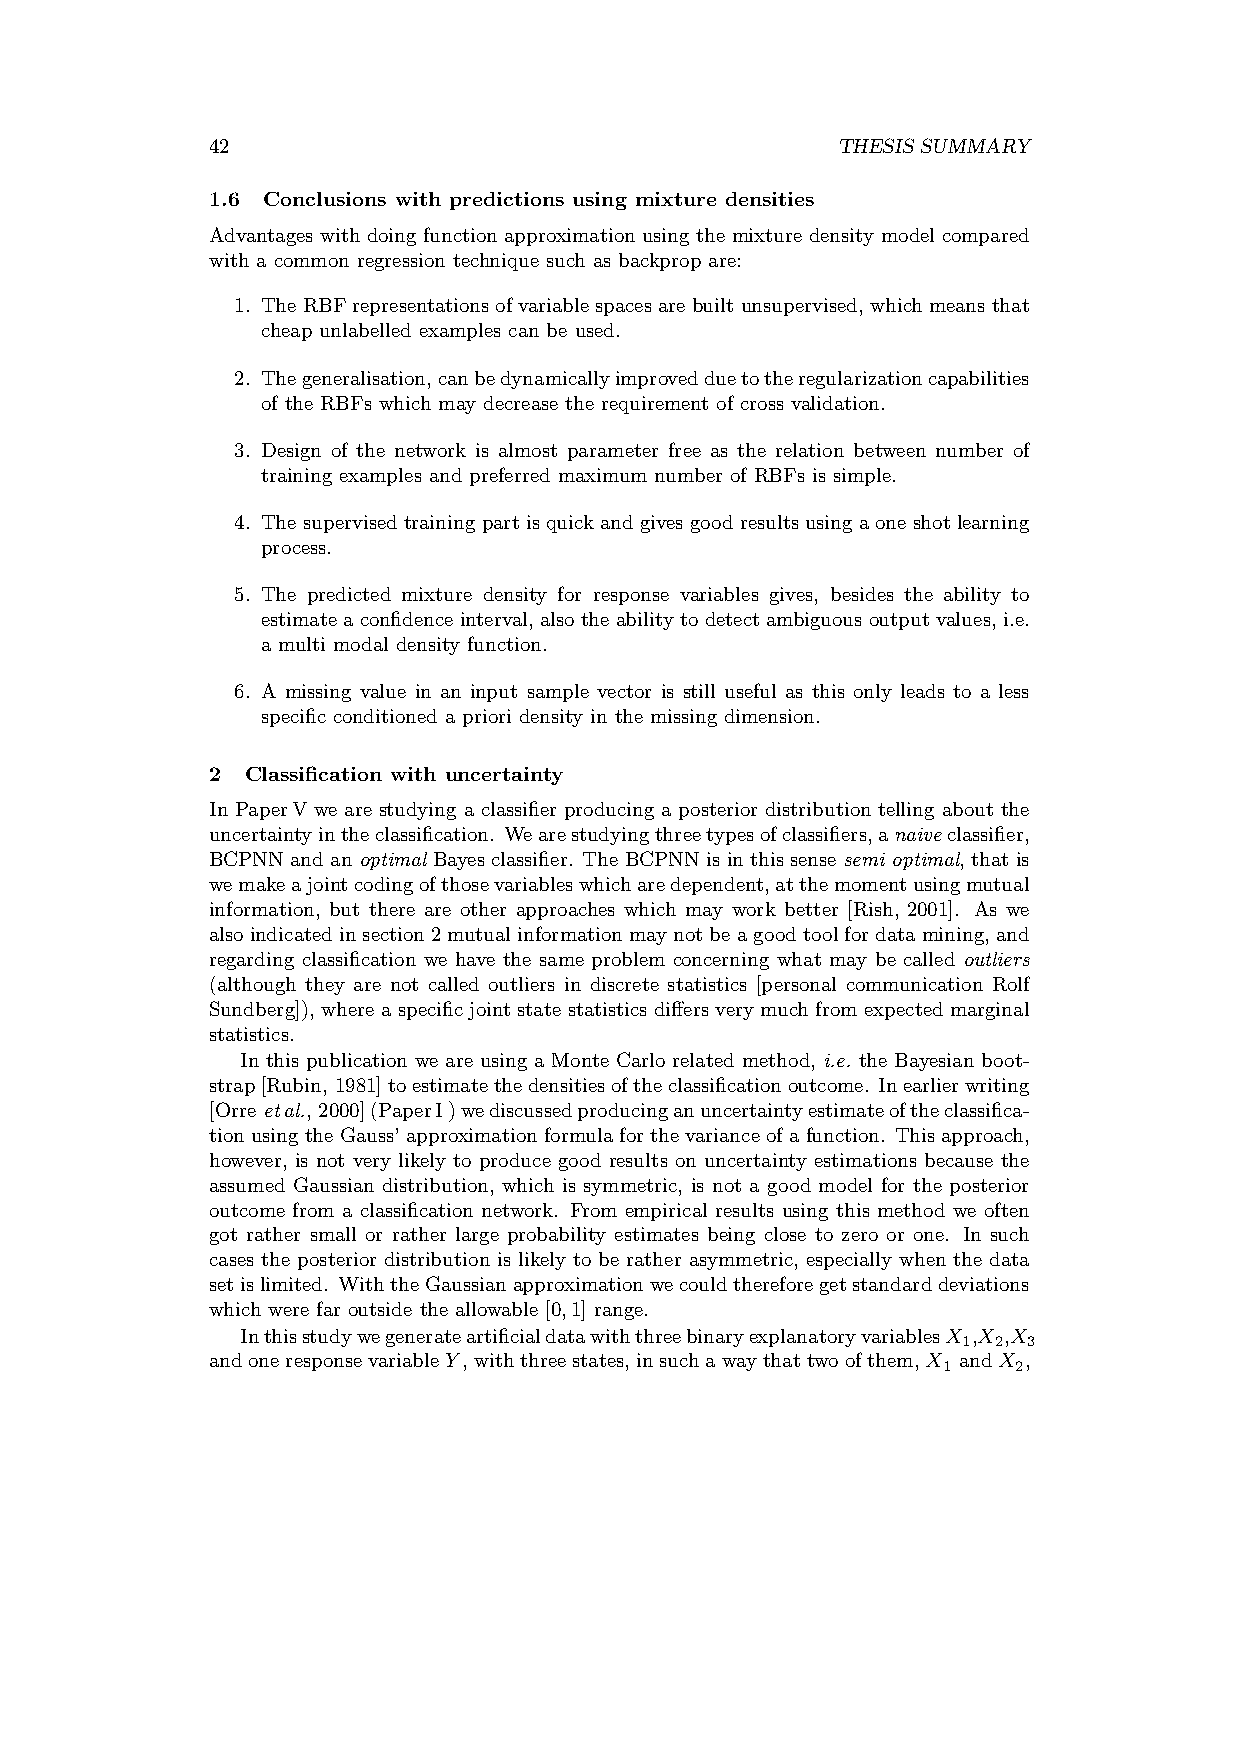
42                                       THESIS SUMMARY
 1.6 Conclusions with predictions using mixture densities
 Advantages with doing function approximation using the mixture density model compared
 with a common regression technique such as backprop are:
 1. TheRBFrepresentationsofvariablespacesarebuiltunsupervised,whichmeansthat
 cheap unlabelled examples can be used.
 2. Thegeneralisation,canbedynamicallyimprovedduetotheregularizationcapabilities
 of the RBFs which may decrease the requirement of cross validation.
 3. Design of the network is almost parameter free as the relation between number of
 training examples and preferred maximum number of RBFs is simple.
 4. Thesupervisedtrainingpartisquickandgivesgoodresultsusingaoneshotlearning
 process.
 5. The predicted mixture density for response variables gives, besides the ability to
 estimate a confidence interval, also the ability to detect ambiguous output values, i.e.
 a multi modal density function.
 6. A missing value in an input sample vector is still useful as this only leads to a less
 specific conditioned a priori density in the missing dimension.
 2 Classification with uncertainty
 In PaperV we are studying a classifier producing a posterior distribution telling about the
 uncertaintyintheclassification. Wearestudyingthreetypesofclassifiers,anaiveclassifier,
 BCPNN and an optimal Bayes classifier. The BCPNN is in this sense semi optimal, that is
 wemakeajointcodingofthosevariableswhicharedependent,atthemomentusingmutual
 information, but there are other approaches which may work better [Rish, 2001]. As we
 alsoindicatedinsection2mutualinformationmaynotbeagoodtoolfordatamining, and
 regarding classification we have the same problem concerning what may be called outliers
 (although they are not called outliers in discrete statistics [personal communication Rolf
 Sundberg]), where a specific joint state statistics differs very much from expected marginal
 statistics.
 In this publication we are using a Monte Carlo related method, i.e. the Bayesian boot-
 strap[Rubin, 1981]toestimatethedensitiesoftheclassificationoutcome. Inearlierwriting
 [Orre etal., 2000](PaperI)wediscussedproducinganuncertaintyestimateoftheclassifica-
 tionusingtheGauss’approximation formula forthevarianceofafunction. Thisapproach,
 however, is not very likely to produce good results on uncertainty estimations because the
 assumed Gaussian distribution, which is symmetric, is not a good model for the posterior
 outcome from a classification network. From empirical results using this method we often
 got rather small or rather large probability estimates being close to zero or one. In such
 cases the posterior distribution is likely to be rather asymmetric, especially when the data
 setislimited. WiththeGaussianapproximationwecouldthereforegetstandarddeviations
 which were far outside the allowable [0,1] range.
 InthisstudywegenerateartificialdatawiththreebinaryexplanatoryvariablesX ,X ,X
 1 2 3
 andoneresponsevariableY,withthreestates,insuchawaythattwoofthem,X andX ,
 1    2